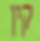
קין